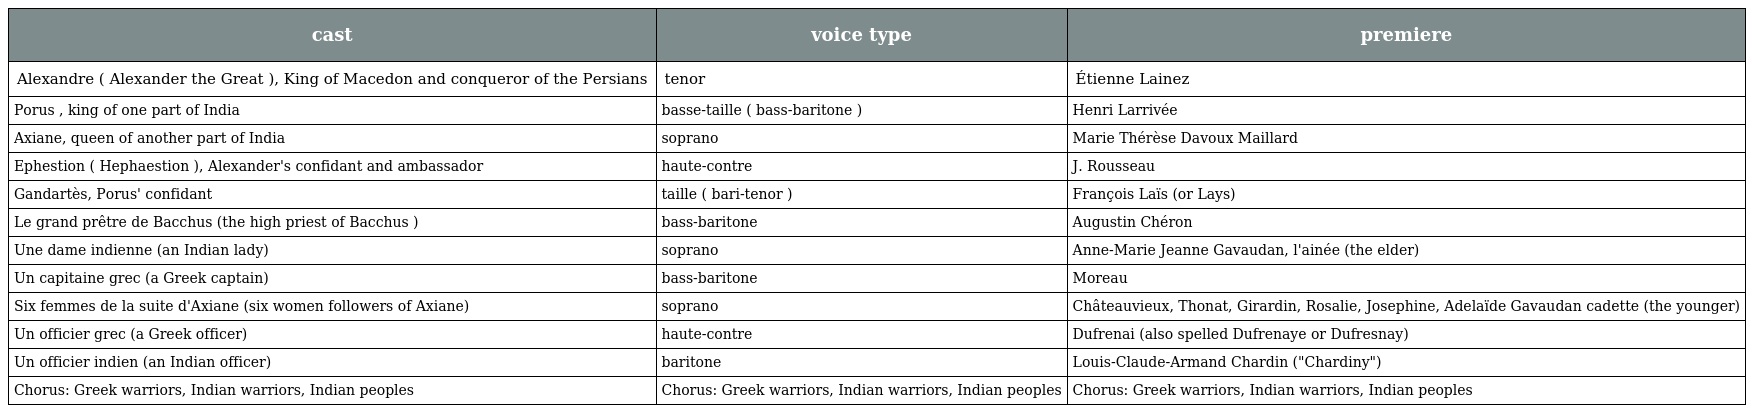
| cast | voice type | premiere |
 | --- | --- | --- |
 | Alexandre ( Alexander the Great ), King of Macedon and conqueror of the Persians | tenor | Étienne Lainez |
 | Porus , king of one part of India | basse-taille ( bass-baritone ) | Henri Larrivée |
 | Axiane, queen of another part of India | soprano | Marie Thérèse Davoux Maillard |
 | Ephestion ( Hephaestion ), Alexander's confidant and ambassador | haute-contre | J. Rousseau |
 | Gandartès, Porus' confidant | taille ( bari-tenor ) | François Laïs (or Lays) |
 | Le grand prêtre de Bacchus (the high priest of Bacchus ) | bass-baritone | Augustin Chéron |
 | Une dame indienne (an Indian lady) | soprano | Anne-Marie Jeanne Gavaudan, l'ainée (the elder) |
 | Un capitaine grec (a Greek captain) | bass-baritone | Moreau |
 | Six femmes de la suite d'Axiane (six women followers of Axiane) | soprano | Châteauvieux, Thonat, Girardin, Rosalie, Josephine, Adelaïde Gavaudan cadette (the younger) |
 | Un officier grec (a Greek officer) | haute-contre | Dufrenai (also spelled Dufrenaye or Dufresnay) |
 | Un officier indien (an Indian officer) | baritone | Louis-Claude-Armand Chardin ("Chardiny") |
 | Chorus: Greek warriors, Indian warriors, Indian peoples | Chorus: Greek warriors, Indian warriors, Indian peoples | Chorus: Greek warriors, Indian warriors, Indian peoples |